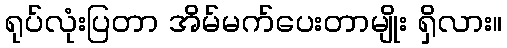
ရုပ်လုံးပြတာ အိမ်မက်ပေးတာမျိုး ရှိလား။